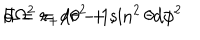
F = r _ { + } / r - 1 , \hspace { 1 c m } d \Omega ^ { 2 } = d \theta ^ { 2 } + \sin ^ { 2 } \theta d \phi ^ { 2 }